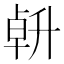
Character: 𠦲